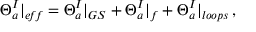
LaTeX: \Theta _ { a } ^ { I } | _ { e \! f \! f } = \Theta _ { a } ^ { I } | _ { G S } + \Theta _ { a } ^ { I } | _ { f } + \Theta _ { a } ^ { I } | _ { l o o p s } \, ,